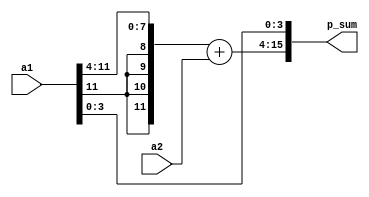
`timescale 1ns / 1ps
module adder_1#(parameter DATA_WIDTH_2 = 11)(
    input [DATA_WIDTH_2:0]a1,
	input [DATA_WIDTH_2:0]a2,
    output  [DATA_WIDTH_2+4:0]p_sum
); 
    wire [DATA_WIDTH_2+1:0] temp_sum = {a1[DATA_WIDTH_2],a1[DATA_WIDTH_2],a1[DATA_WIDTH_2],a1[DATA_WIDTH_2],a1[DATA_WIDTH_2:4]} + a2[DATA_WIDTH_2:0];
	
	assign p_sum = {temp_sum,a1[3:0]};
			
		endmodule